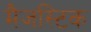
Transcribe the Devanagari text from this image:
मैजस्टिक